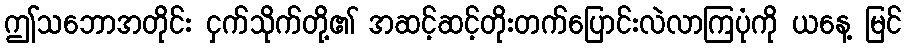
ဤသဘောအတိုင်း ငှက်သိုက်တို့၏ အဆင့်ဆင့်တိုးတက်ပြောင်းလဲလာကြပုံကို ယနေ့ မြင်